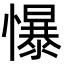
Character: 懪